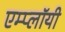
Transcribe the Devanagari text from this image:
एम्प्लॉयी